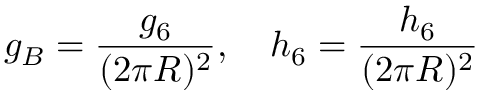
g _ { B } = \frac { g _ { 6 } } { ( 2 \pi R ) ^ { 2 } } , \ \ \ h _ { 6 } = \frac { h _ { 6 } } { ( 2 \pi R ) ^ { 2 } }